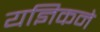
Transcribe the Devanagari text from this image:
यज्ञिकने